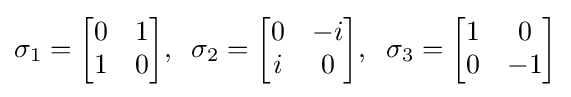
\sigma _{1}={\begin{bmatrix}0&1\\1&0\end{bmatrix}},\;\;\sigma _{2}={\begin{bmatrix}0&-i\\i&0\end{bmatrix}},\;\;\sigma _{3}={\begin{bmatrix}1&0\\0&-1\end{bmatrix}}